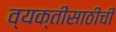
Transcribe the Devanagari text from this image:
व्यक्तींसाठीची